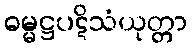
ဓမ္မဋ္ဌပဋိသံယုတ္တာ